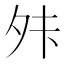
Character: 𫝣